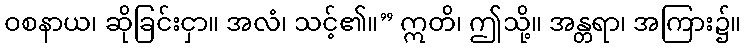
ဝစနာယ၊ ဆိုခြင်းငှာ။ အလံ၊ သင့်၏။” ဣတိ၊ ဤသို့။ အန္တရာ၊ အကြား၌။